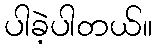
ပါခဲ့ပါတယ်။